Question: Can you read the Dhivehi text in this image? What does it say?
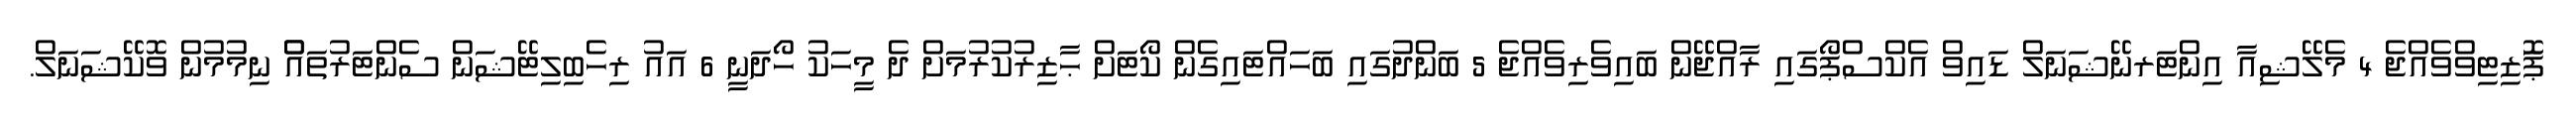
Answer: ޕަޮޒިޓިވްވެއްޖެ 4 މެލޭޝިއާ އިންޓަރނޭޝަނަލް ޑައިވް އެކްސްޕޯގައި ރާއްޖޭން ބައިވެރިވެއްޖެ 5 ބަންދުގައި ބަހައްޓައިގެން ކޯޓަށް ޙާޒިރުކުރުމަށް ދެ މީހަކު ހޯދަނީ 6 އައު ރިހެބިލިޓޭޝަން ސެންޓަރުތައްް ނިމުމުން ވޮކޭޝަނަލް.